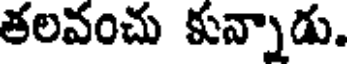
తలవంచు కున్నాడు.